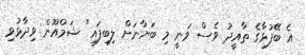
އެ ބޭފުޅާގެ ތާއީދު ވެސް ވަނީ މި ބަޔާނަށް ލިބިފައި" ޝަމްއޫން ވިދާޅުވި